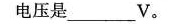
电压是___V。